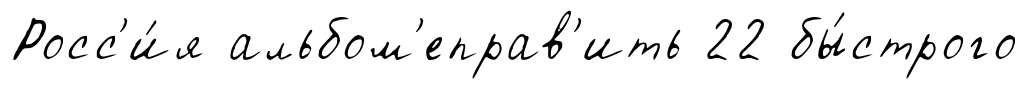
Росс'и́я альбом'еправ'ить 22 бы́строго